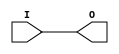
module IBUF_LVDCI_33 (O, I);

    output O;

    input  I;

	buf B1 (O, I);


endmodule